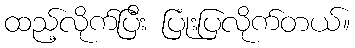
ထည့်လိုက်ပြီး ပြုံးပြလိုက်တယ်။